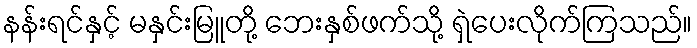
နန်းရင်နှင့် မနှင်းမြူတို့ ဘေးနှစ်ဖက်သို့ ရှဲပေးလိုက်ကြသည်။